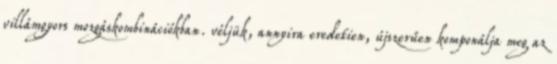
villámgyors mozgáskombinációkban. véljük, annyira eredetien, újszerűen komponálja meg az